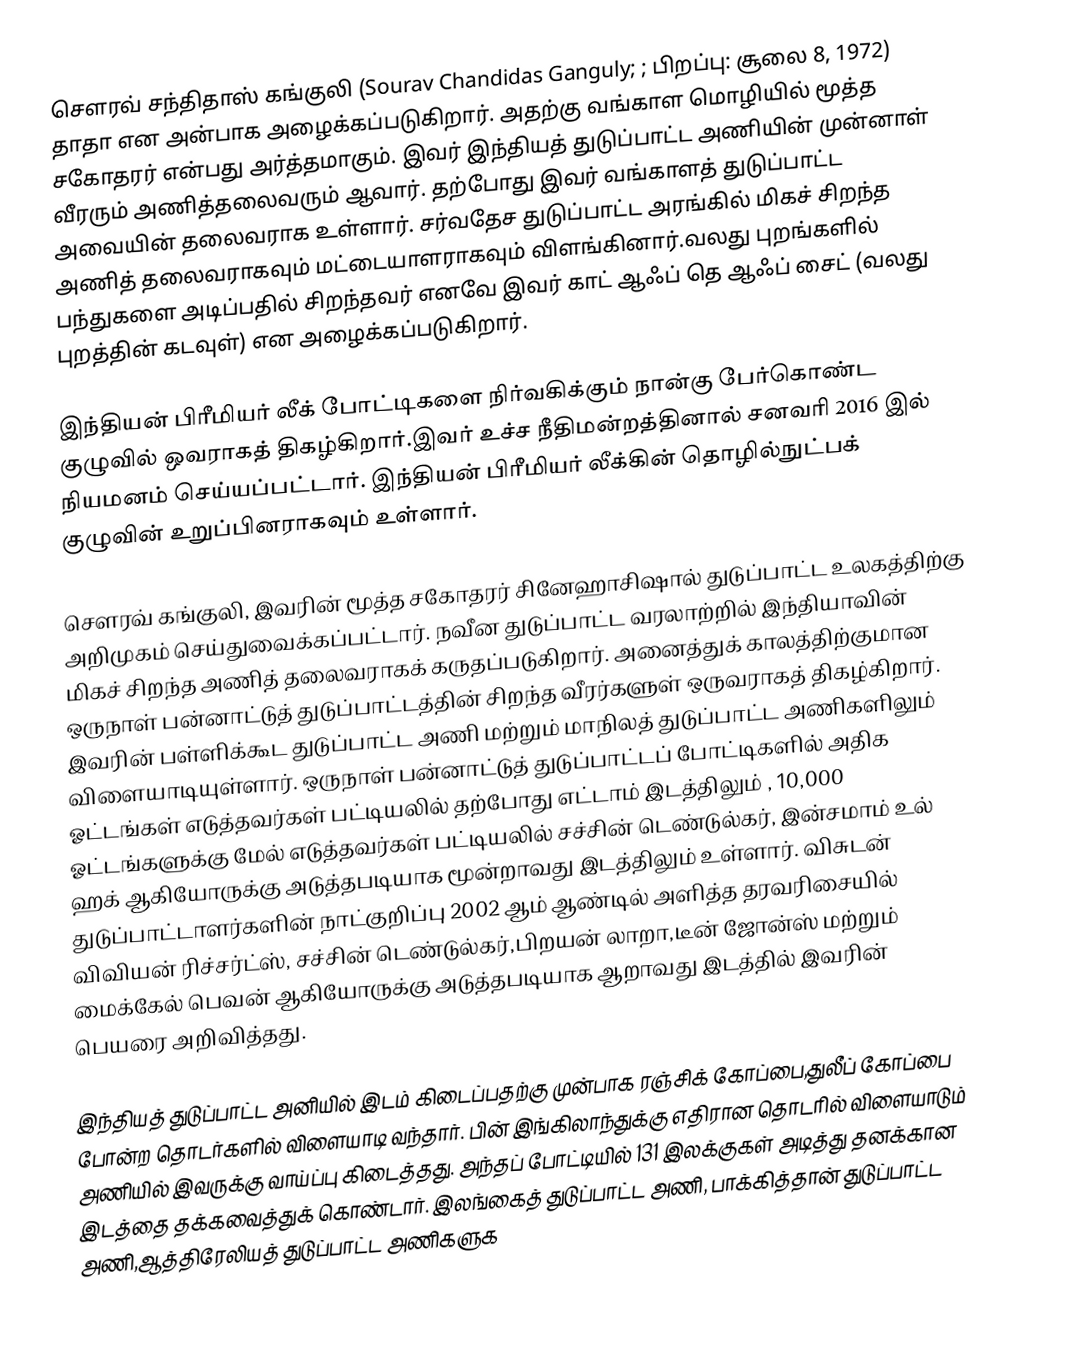
சௌரவ் சந்திதாஸ் கங்குலி (Sourav Chandidas Ganguly; ; பிறப்பு:  சூலை 8, 1972) தாதா என அன்பாக அழைக்கப்படுகிறார். அதற்கு வங்காள மொழியில் மூத்த சகோதரர் என்பது அர்த்தமாகும். இவர் இந்தியத் துடுப்பாட்ட அணியின் முன்னாள்  வீரரும் அணித்தலைவரும் ஆவார். தற்போது இவர் வங்காளத் துடுப்பாட்ட அவையின் தலைவராக உள்ளார். சர்வதேச துடுப்பாட்ட அரங்கில் மிகச் சிறந்த அணித் தலைவராகவும் மட்டையாளராகவும் விளங்கினார்.வலது புறங்களில் பந்துகளை அடிப்பதில் சிறந்தவர் எனவே இவர் காட் ஆஃப் தெ ஆஃப் சைட் (வலது புறத்தின் கடவுள்)  என அழைக்கப்படுகிறார்.

இந்தியன் பிரீமியர் லீக் போட்டிகளை நிர்வகிக்கும் நான்கு பேர்கொண்ட குழுவில் ஒவராகத் திகழ்கிறார்.இவர் உச்ச நீதிமன்றத்தினால் சனவரி 2016 இல் நியமனம் செய்யப்பட்டார். இந்தியன் பிரீமியர் லீக்கின் தொழில்நுட்பக் குழுவின் உறுப்பினராகவும் உள்ளார்.

சௌரவ் கங்குலி, இவரின் மூத்த சகோதரர் சினேஹாசிஷால் துடுப்பாட்ட உலகத்திற்கு அறிமுகம் செய்துவைக்கப்பட்டார். நவீன துடுப்பாட்ட வரலாற்றில் இந்தியாவின் மிகச் சிறந்த அணித் தலைவராகக் கருதப்படுகிறார். அனைத்துக் காலத்திற்குமான  ஒருநாள் பன்னாட்டுத் துடுப்பாட்டத்தின் சிறந்த வீரர்களுள் ஒருவராகத் திகழ்கிறார்.  இவரின் பள்ளிக்கூட துடுப்பாட்ட அணி மற்றும் மாநிலத் துடுப்பாட்ட அணிகளிலும் விளையாடியுள்ளார். ஒருநாள் பன்னாட்டுத் துடுப்பாட்டப் போட்டிகளில் அதிக ஓட்டங்கள் எடுத்தவர்கள் பட்டியலில் தற்போது எட்டாம் இடத்திலும் , 10,000 ஓட்டங்களுக்கு மேல் எடுத்தவர்கள் பட்டியலில் சச்சின் டெண்டுல்கர், இன்சமாம் உல் ஹக் ஆகியோருக்கு அடுத்தபடியாக மூன்றாவது இடத்திலும் உள்ளார். விசுடன் துடுப்பாட்டாளர்களின் நாட்குறிப்பு 2002 ஆம் ஆண்டில் அளித்த தரவரிசையில் விவியன் ரிச்சர்ட்ஸ், சச்சின் டெண்டுல்கர்,பிறயன் லாறா,டீன் ஜோன்ஸ் மற்றும் மைக்கேல் பெவன் ஆகியோருக்கு அடுத்தபடியாக ஆறாவது இடத்தில் இவரின் பெயரை அறிவித்தது.

இந்தியத் துடுப்பாட்ட அனியில்  இடம் கிடைப்பதற்கு முன்பாக ரஞ்சிக் கோப்பை,துலீப் கோப்பை போன்ற தொடர்களில் விளையாடி வந்தார். பின் இங்கிலாந்துக்கு எதிரான  தொடரில் விளையாடும் அணியில் இவருக்கு வாய்ப்பு கிடைத்தது. அந்தப் போட்டியில் 131 இலக்குகள் அடித்து தனக்கான இடத்தை தக்கவைத்துக் கொண்டார். இலங்கைத் துடுப்பாட்ட அணி, பாக்கித்தான் துடுப்பாட்ட அணி,ஆத்திரேலியத் துடுப்பாட்ட அணிகளுக